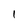
Character: 1